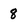
Character: 8